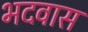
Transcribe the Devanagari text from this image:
भदवास